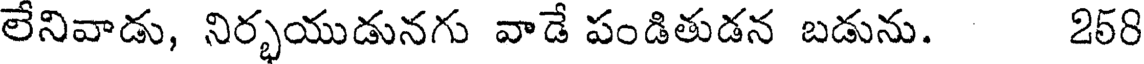
లేనివాడు, నిర్భయుడునగు వాడే పండితుడన బడును. 258